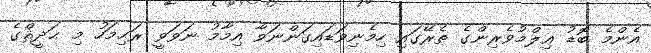
އެންމެ ބޮޑު ޢިލްމުވެރިންގެ ތެރޭގައި ހިމެނިވަޑައިގަންނަވާ އިމާމު ނަވަވީ ރަޙިމަހު މި ޙަދީޘްގެ